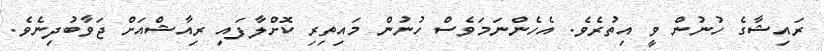
ރައިޝާގެ ހުނުން ވީ އިތުރެވެ. އެހެންނަމަވެސް ހުނުން މައިތިރި ކޮށްލާފައި ރިއާޝްއަށް ޖަވާބުދިނެވެ.